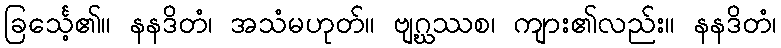
ခြင်္သေ့၏။ နနဒိတံ၊ အသံမဟုတ်။ ဗျဂ္ဃဿစ၊ ကျား၏လည်း။ နနဒိတံ၊